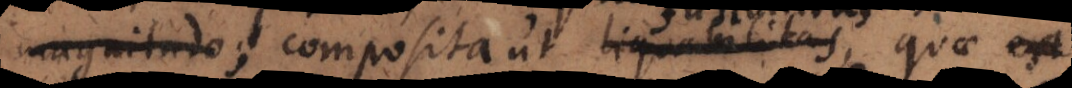
magnitudo;, composita ut liquabilitas, quae